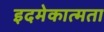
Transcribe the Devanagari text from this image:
इदमेकात्मता